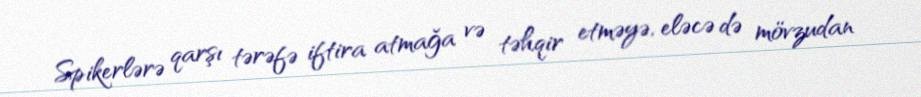
Spikerlərə qarşı tərəfə iftira atmağa və təhqir etməyə, eləcə də mövzudan